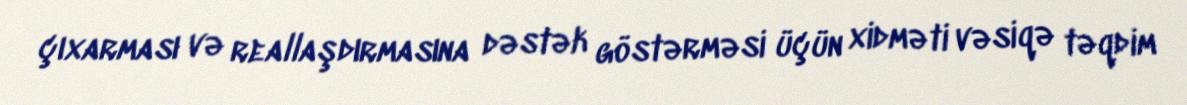
çıxarması və reallaşdırmasına dəstək göstərməsi üçün xidməti vəsiqə təqdim